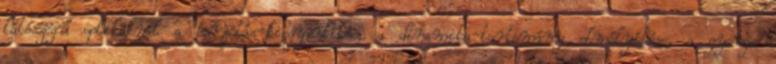
látószögű optikáknál a torzítás-kiegyenlítés, a dinamika-tartomány elmélyítése, a gyenge